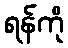
ရန်ကို